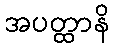
အပတ္ထာနိ